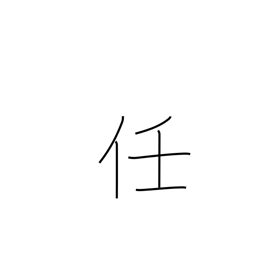
Meaning: responsibility